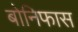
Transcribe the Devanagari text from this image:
बोनिफास